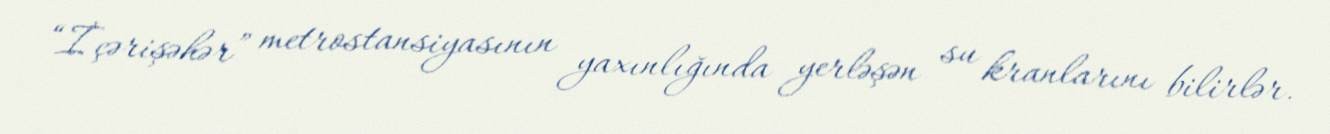
“İçərişəhər” metrostansiyasının yaxınlığında yerləşən su kranlarını bilirlər.